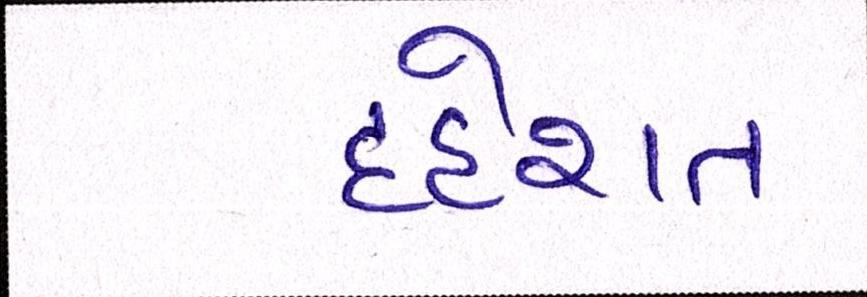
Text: દહેશત